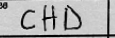
Transcription: CHD